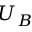
U _ { B }